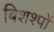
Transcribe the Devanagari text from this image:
बिशश्पों